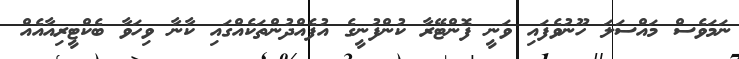
ނަމަވެސް މައްސަލަ ހޫނުވެފައި ވަނީ ފޮންޓޭރާ ކުންފުނީގެ އުފެއްދުންތަކެއްގައި ކާނާ ވިހަވާ ބެކްޓީރިއާއެއް